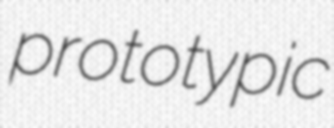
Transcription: prototypic